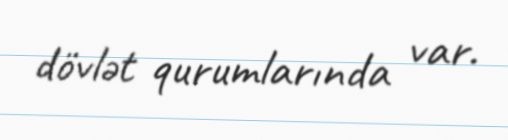
dövlət qurumlarında var.